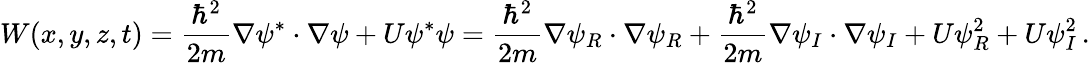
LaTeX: W(x,y,z,t)=\frac{\hbar^{2}}{2m}\nabla\psi^{*}\cdot\nabla\psi+U\psi^{*}\psi=\frac{\hbar^{2}}{2m}\nabla\psi_{R}\cdot\nabla\psi_{R}+\frac{\hbar^{2}}{2m}\nabla\psi_{I}\cdot\nabla\psi_{I}+U\psi_{R}^{2}+U\psi_{I}^{2}\, .